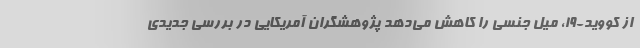
از کووید-19، میل جنسی را کاهش می‌دهد پژوهشگران آمریکایی در بررسی جدیدی